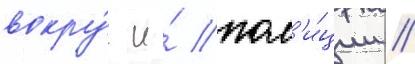
вокру́г и́ пол'и́ции //